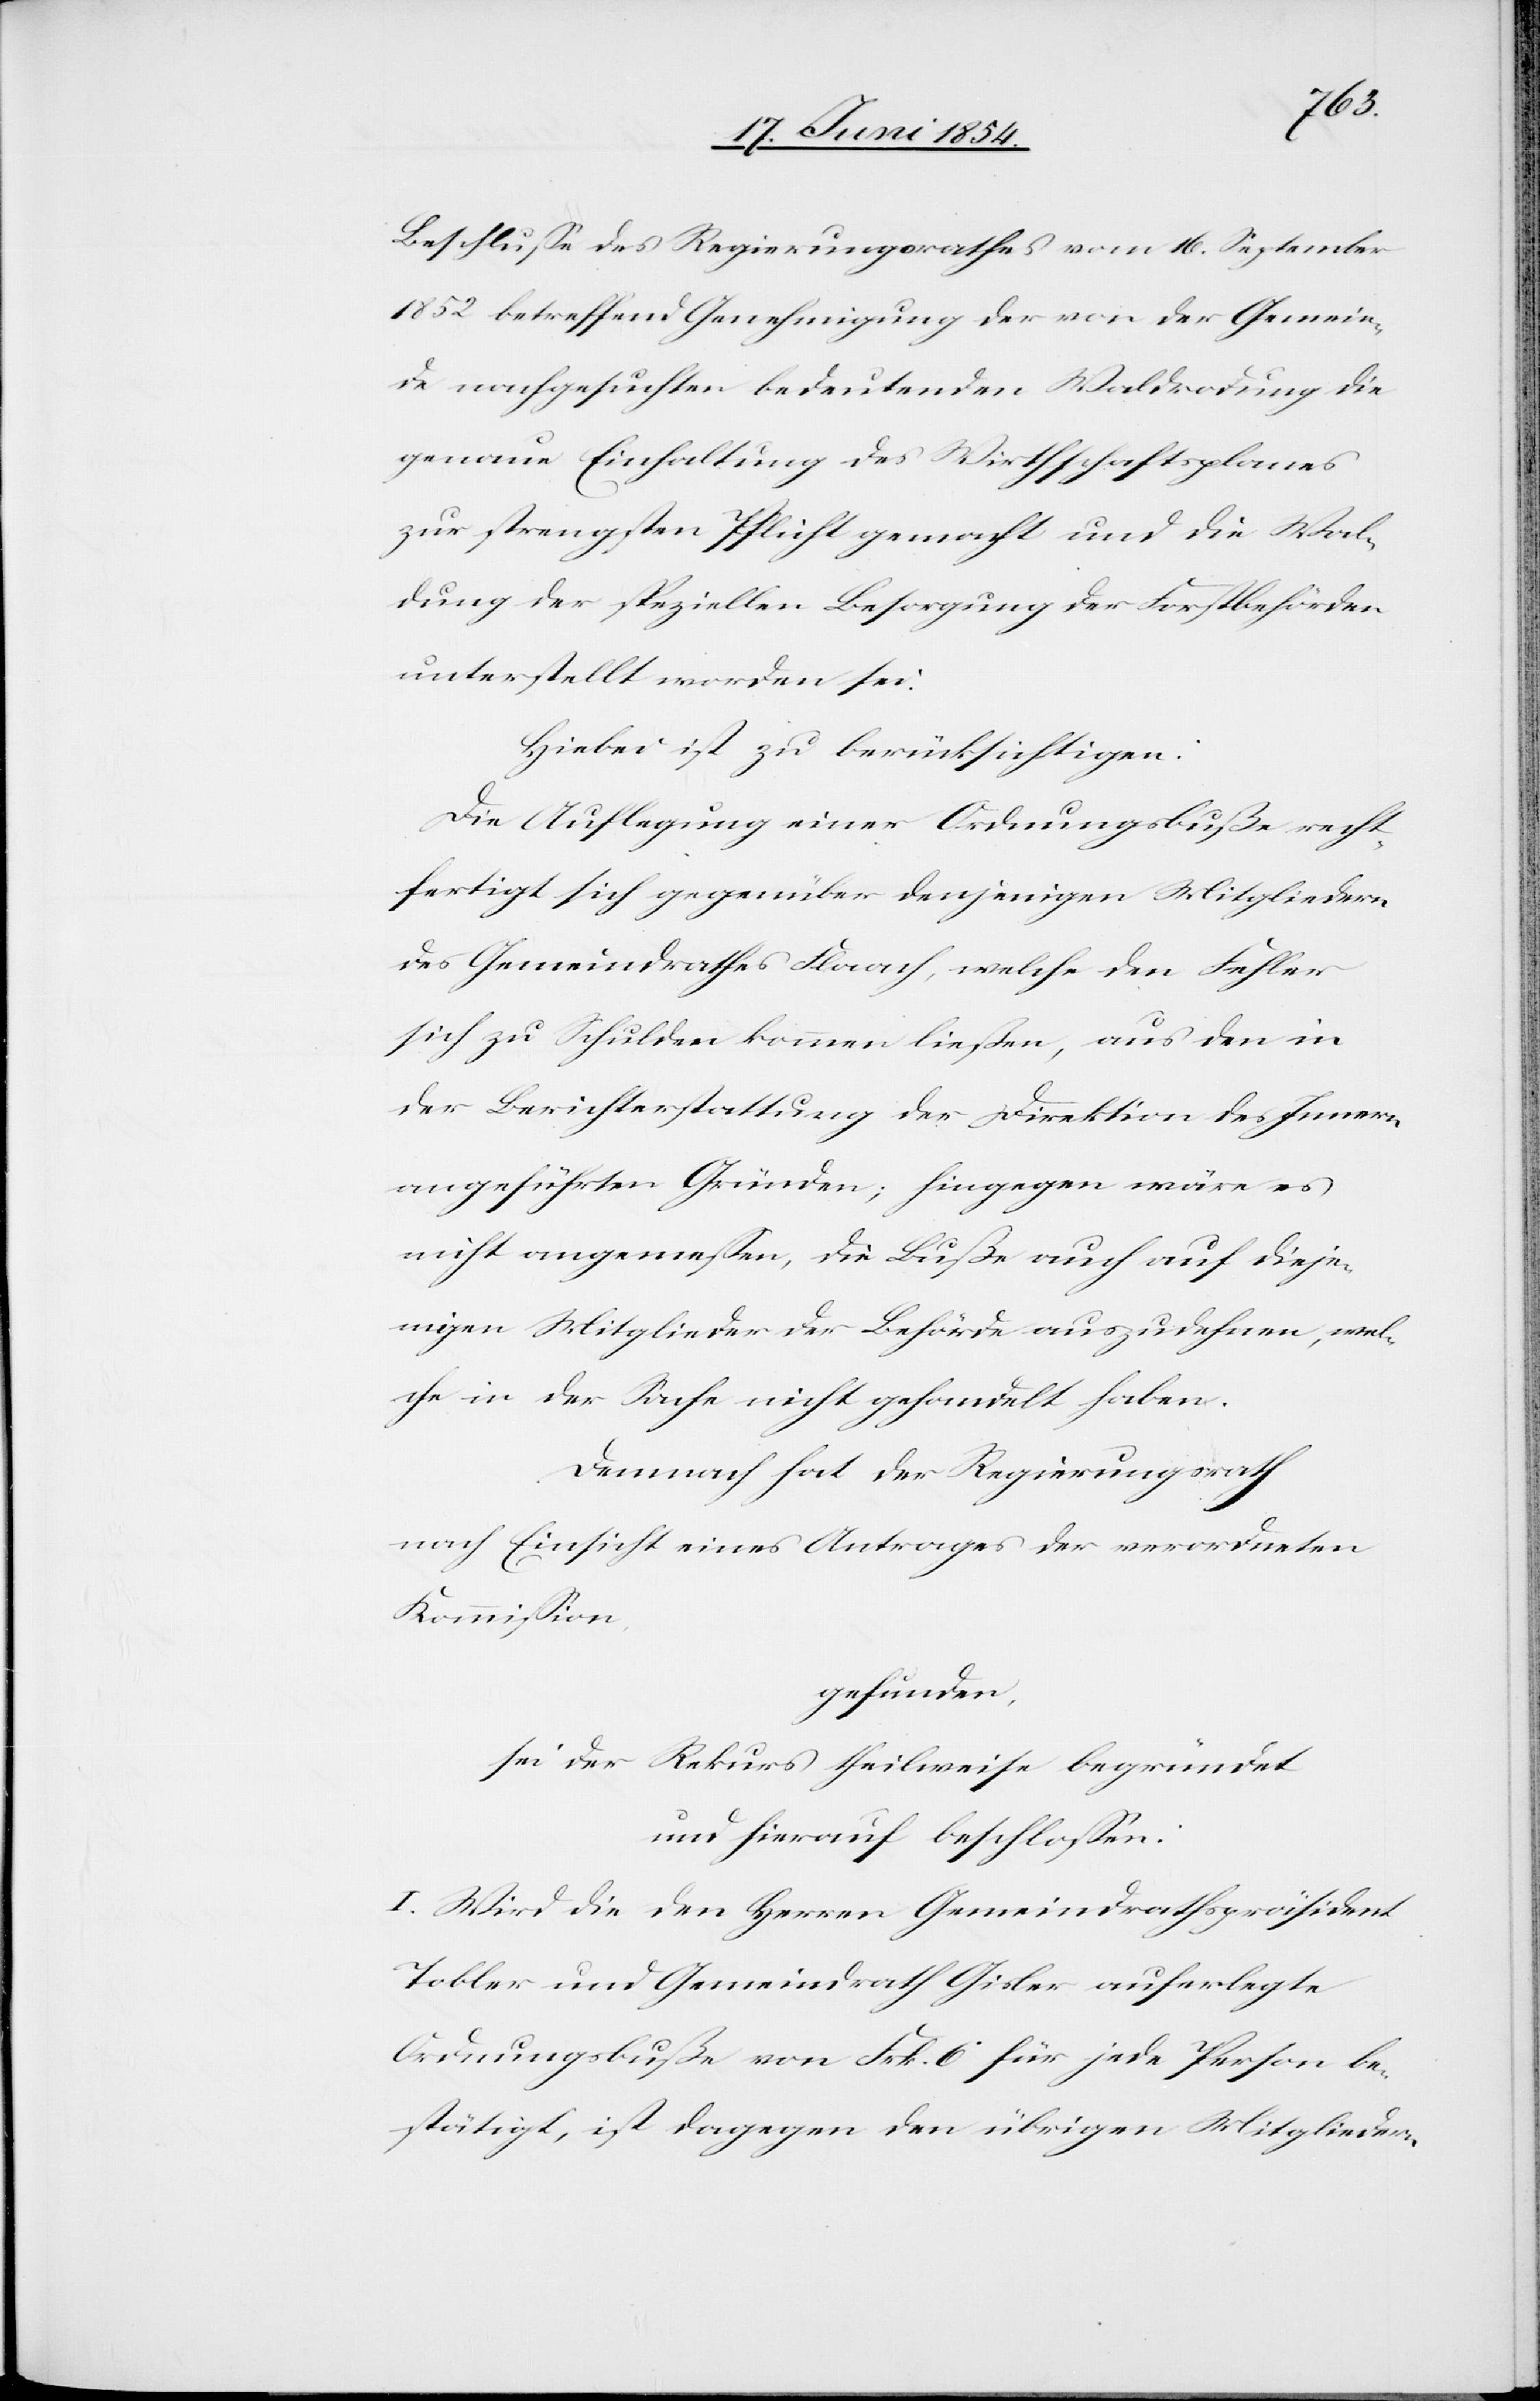
Beschluße des Regierungsrathes vom 16. September
1852 betreffend Genehmigung der von der Gemein¬
de nachgesuchten bedeutenden Waldrodung die
genaue Einhaltung des Wirthschaftsplanes
zu strengsten Pflicht gemacht und die Wal¬
dung der speziellen Besorgung der Forstbehörden
unterstellt worden sei.
Hiebei ist zu berücksichtigen:
Die Auflegung einer Ordnungsbuße recht¬
fertigt sich gegenüber denjenigen Mitgliedern
des Gemeindrathes Flaach, welche den Fehler
sich zu Schulen kommen ließen, aus den in
der Berichterstattung der Direktion des Innern
angeführten Gründen; hingegen wäre es
nicht angemeßen, die Buße auch auf dieje¬
nigen Mitglieder der Behörde auszudehnen, wel¬
ch ein der Sache nicht gehandelt haben.
Demnach hat der Regierungsrath
nach Einsicht eines Antrages der verordneten
Kommißion,
gefunden,
sei der Rekurs theilweise begründet
und hierauf beschloßen:
I. Wird die den Herren Gemeindrathspräsident
Tobler und Gemeindrath Gisler auferlegte
Ordnungsbuße von Frk. 6 für jede Person be¬
stätigt, ist dagegen den übrigen Mitgliedern